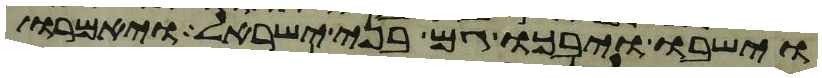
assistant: וישבו ויבכו גם בני ישראל ויאמרו